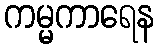
ကမ္မကာရေန